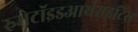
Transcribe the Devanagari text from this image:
रुमेटॉइडआर्थराइटिस